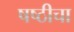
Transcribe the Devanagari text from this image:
षष्ठीचा